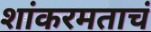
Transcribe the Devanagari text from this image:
शांकरमताचं